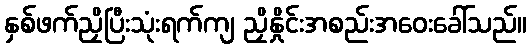
နှစ်ဖက်ညှိပြီးသုံးရက်ကျ ညှိနှိုင်းအစည်းအဝေးခေါ်သည်။